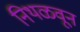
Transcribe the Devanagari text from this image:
निथळवून